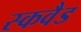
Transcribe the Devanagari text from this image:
स्कवैड